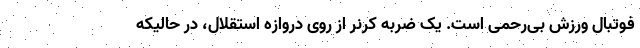
فوتبال ورزش بی‌رحمی است. یک ضربه کرنر از روی دروازه استقلال، در حالیکه